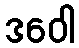
ဒဝေါ